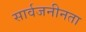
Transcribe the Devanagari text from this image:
सार्वजनीनता